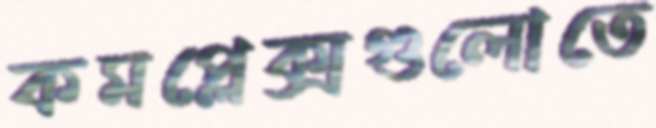
কমপ্লেক্সগুলোতে